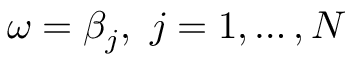
\omega = \beta _ { j } , ~ j = 1 , \ldots , N